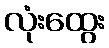
လုံးထွေး